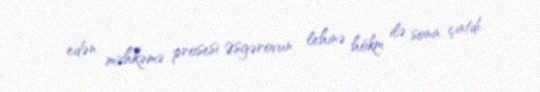
edən məhkəmə prosesi Əsgərovun lehinə hökm ilə sona çatdı.